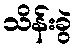
သိန်းခွဲ